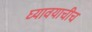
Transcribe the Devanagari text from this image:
घ्यावयाचीच